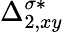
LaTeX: \Delta_{2,xy}^{\sigma*}